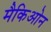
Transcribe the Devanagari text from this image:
मैकिओन